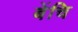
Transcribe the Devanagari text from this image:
बेंचि